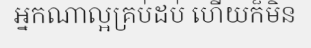
អ្នកណាល្អគ្រប់ដប់ ហើយក៏មិន